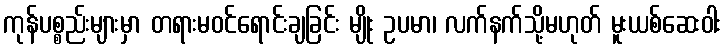
ကုန်ပစ္စည်းများမှာ တရားမဝင်ရောင်းချခြင်း မျိုး ဥပမာ၊ လက်နက်သို့မဟုတ် မူးယစ်ဆေးဝါး